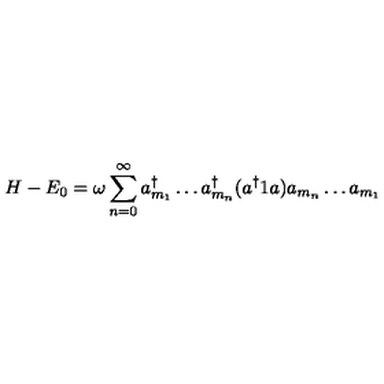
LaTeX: H - E _ { 0 } = \omega \sum _ { n = 0 } ^ { \infty } a _ { m _ { 1 } } ^ { \dagger } \ldots a _ { m _ { n } } ^ { \dagger } ( a ^ { \dagger } 1 a ) a _ { m _ { n } } \ldots a _ { m _ { 1 } }